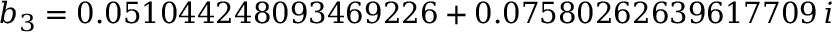
b _ { 3 } = 0 . 0 5 1 0 4 4 2 4 8 0 9 3 4 6 9 2 2 6 + 0 . 0 7 5 8 0 2 6 2 6 3 9 6 1 7 7 0 9 \, i